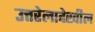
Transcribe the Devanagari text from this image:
उत्तरेलादेखील